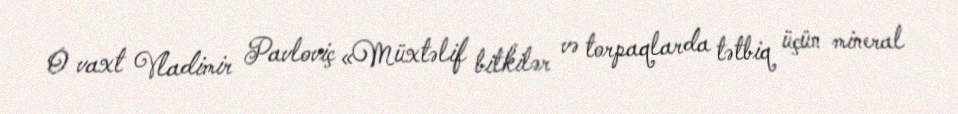
O vaxt Vladimir Pavloviç «Müxtəlif bitkilər və torpaqlarda tətbiq üçün mineral